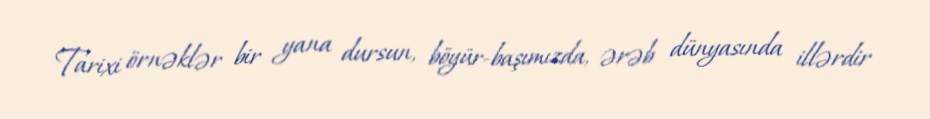
Tarixi örnəklər bir yana dursun, böyür-başımızda, ərəb dünyasında illərdir